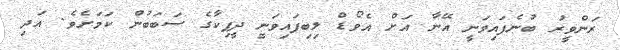
ރަންވީރު ބުނެފައިވަނީ އޭނާ އަށް އެވޯޑް ލިބިފައިވަނީ ދީޕިކާގެ ސަބަބުން ކަމަށެވެ. އަދި